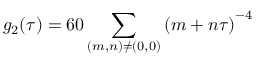
g _ { 2 } ( \tau ) = 6 0 \sum _ { ( m , n ) \neq ( 0 , 0 ) } \left( m + n \tau \right) ^ { - 4 }